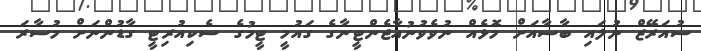
ސުއަރޭޒް ނުލައި ބާސާއަށް މޮޅެއް ނުވެވުނުއާޖެންޓީނާގެ ގައުމީ ޓީމުގެ ސެކިއުރިޓީ ގާޑުންނަށް މުސާރަ